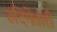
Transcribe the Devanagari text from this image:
रुदिमेंतारी